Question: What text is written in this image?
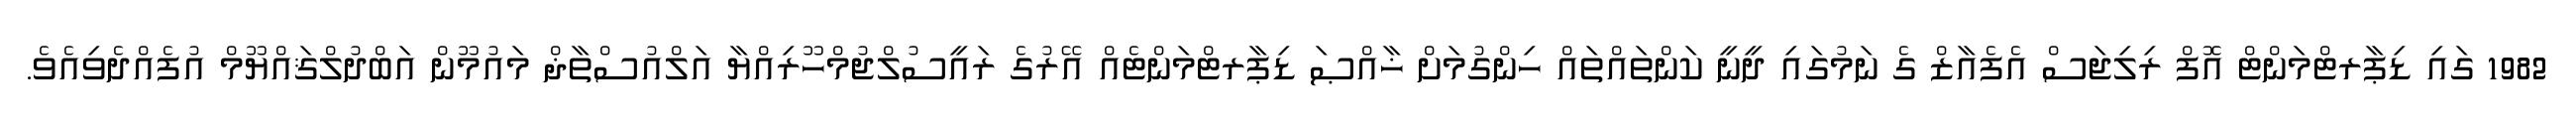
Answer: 1982 ގައި ޑިޕާރޓްމަންޓް އޮފް ރިލިޖަސް އެފެއާޒް ގެ ނަމުގައި ދީނީ ކަންތައްތައް ހިންގުމަށް ޚާއްޞަ ޑިޕާރޓްމަންޓެއް އޭރުގެ ރައީސުލްޖުމްހޫރިއްޔާ އަލްއުސްތާޛް މައުމޫން އަބްދުލްޤައްޔޫމް އުފެއްދެވިއެވެ.